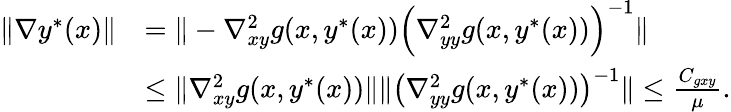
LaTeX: \begin{array}{rl}{\| \nabla y^{*}(x)\| }&{=\| -\nabla_{xy}^{2}g(x,y^{*}(x))\Big(\nabla_{yy}^{2}g(x,y^{*}(x))\Big)^{-1}\| }\\ &{\leq\| \nabla_{xy}^{2}g(x,y^{*}(x))\| \| \big(\nabla_{yy}^{2}g(x,y^{*}(x))\big)^{-1}\| \leq\frac{C_{gxy}}{\mu}.}\end{array}